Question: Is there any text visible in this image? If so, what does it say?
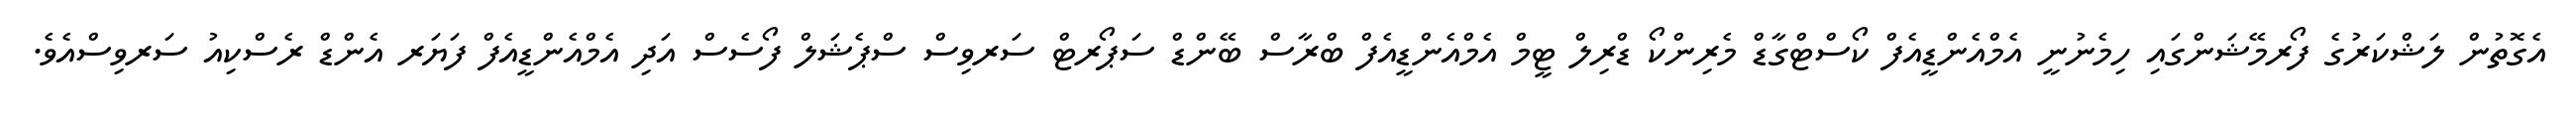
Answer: އެގޮތުން ލަޝްކަރުގެ ފޯރމޭޝަންގައި ހިމެނުނީ އެމްއެންޑީއެފް ކޯސްޓްގާޑް މެރިންކޯ ޑްރިލް ޓީމް އެމްއެންޑީއެފް ބްރާސް ބޭންޑް ސަޕޯރޓް ސަރވިސް ސްޕެޝަލް ފޯސެސް އަދި އެމްއެންޑީއެފް ފަޔަރ އެންޑް ރެސްކިއު ސަރވިސްއެވެ.